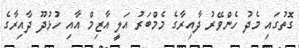
ގޮތުގައި މެދު ހެންވޭރު ދާއިރާގެ މެމްބަރު އަލީ އާޒިމް އާއި ހުޅުދޫ ދާއިރާގެ